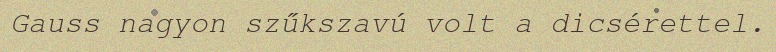
Gauss nagyon szűkszavú volt a dicsérettel.